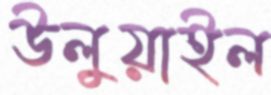
উলুয়াইল